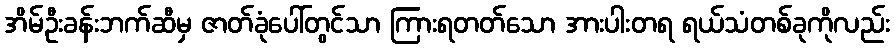
အိမ်ဦးခန်းဘက်ဆီမှ ဇာတ်ခုံပေါ်တွင်သာ ကြားရတတ်သော အားပါးတရ ရယ်သံတစ်ခုကိုလည်း